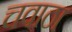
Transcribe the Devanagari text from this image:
चवाठा